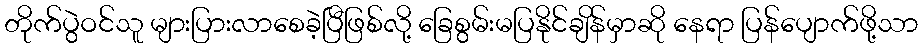
တိုက်ပွဲဝင်သူ များပြားလာစေခဲ့ပြီဖြစ်လို့ ခြေစွမ်းမပြနိုင်ချိန်မှာဆို နေရာ ပြန်ပျောက်ဖို့သာ